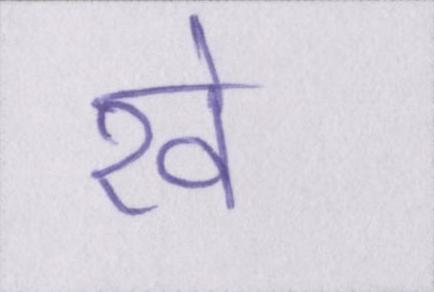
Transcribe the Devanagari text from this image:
रवे